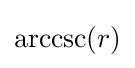
\operatorname {arccsc} (r)